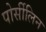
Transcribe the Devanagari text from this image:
पोर्सीलिन